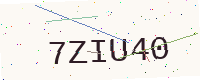
Text: 7ZIU40